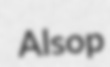
Alsop